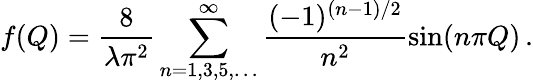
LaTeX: f(Q)=\frac{8}{\lambda\pi^{2}}\sum_{n=1,3,5,\ldots}^{\infty}\frac{(-1)^{(n-1)/2}}{n^{2}}\sin(n\pi Q)\, .